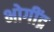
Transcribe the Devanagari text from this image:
भोगींद्र